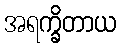
အရက္ခိတာယ